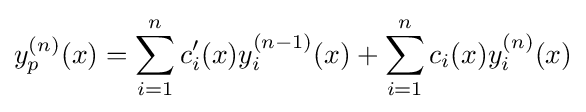
y_{p}^{(n)}(x)=\sum _{i=1}^{n}c_{i}'(x)y_{i}^{(n-1)}(x)+\sum _{i=1}^{n}c_{i}(x)y_{i}^{(n)}(x)